Civil Veterinary Department. United Provinces 1912-22 - 1912-1922
Year: 1912
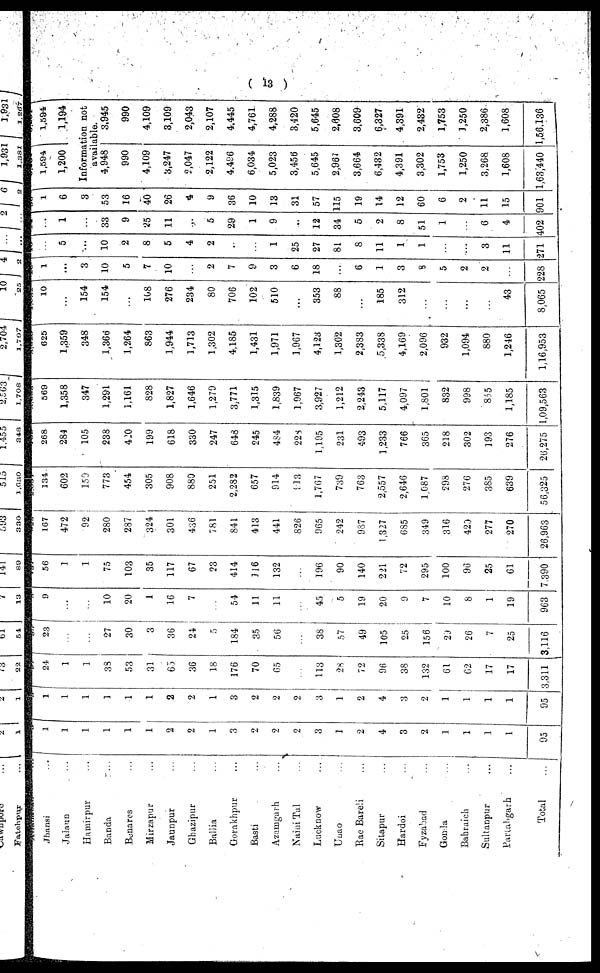
(13)
Jhansi ...
Jaiaun ...
Hamirpur ...
Banda ...
Benares ...
Mirzapur ...
Jaunpur ...
Ghazipur ...
Balha ...
Gorakhpur ...
Basti ...
Azamgarh ...
Naini Tal ...
Lucknow ...
Unao ...
Rae Bareli ...
Sitapur ...
Hardoi ...
Fyzabad ...
Gonda ...
Bahraich
...
Sultanpur
...
Partabgarh ...
Total
...
1
1
1
1
2
2
1
3
2
2
2
3
1
2
4
3
2
I
1
1
1
95
1
1
1
1
1
1
2
2
1
3
2
2
2
3
1
2
4
3
2
1
1
1
1
95
24
1
1
38
53
31
36
18
176
70
65
..
113
28
72
96
38
132
61
62
17
17
3.311
23
...
...
27
30
3
36
24
5
184
35
56
...
36
57
49
105
25
156
29
26
7
25
3,116
9
...
...
10
20
1
16
7
..
54
11
11
...
45
5
19
20
9
7
10
8
19
963
56
1
1
75
103
35
117
67
23
414
116
132
...
196
90
140
221
72
295
100
96
25
61
7 390
107
472
92
280
287
324
301
4;i6
781
841
413
441
826
965
242
9.S7
1,327
085
349
316
420
277
270
26,963
134
602
159
773
454
305
908
880
251
2,282
657
914
i 13
1,707
739
763
2,557
2,646
1.087
298
270
385
639
56,325
268
284
105
238
420
199
618
330
247
648
245
484
22S
1,195
231
493
1,233
766
305
218
302
193
276
26,275
569
1,358
347
1,291
1,161
828
1,827
1,646
1,279
3,771
1,315
1,839
1,967
3,927
1,212
2243
5,117
4,097
1.801
832
998
855
1,185
1,09,563
625
1,359
348
1,366
1,264
863
1,944
1,713
1,302
4,185
1,431
1,971
1,967
4,123
1,302
2,383
5,338
4,169
2,096
932
1,094
880
1,246
1,16,953
10
...
154
154
...
108
276
234
80
706
102
510
...
353
88
...
185
312
...
...
...
...
43
8,065
1
...
3
10
5
7
10
...
2
7
9
3
6
18
...
6
1
3
8
5
2
2
...
228
...
5
...
10
2
8
5
4
2
...
...
1
25
27
81
8
11
1
1
...
...
3
11
271
...
1
...
33
9
25
11
.....
5
29
1
9
...
12
34
5
2
8
51
1
...
6
4
402
1
6
3
53
16
40
26
4
9
36
10
13
31
57
115
19
14
12
60
6
2
11
15
901
1,594,
1,200
1,594
|
1,194
Information not
available.
4,948
990
4,109
3,247
2,047
2,122
4,496
6,034
5,023
3,456
5,645
2,967
3,664
6,432
4,391
3,302
1,753
1,250
3,268
1,608
1,63,440
3.945
990
4,109
3,109
2,043
2,107
4.445
4,761
4,288
3,420
5,645
2,608
3,609
6,327
4,391
2,432
1,753
1,250
2,386
1,608
1,56.136